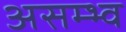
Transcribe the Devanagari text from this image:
असम्भ्व